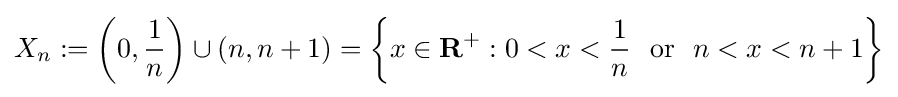
X_{n}:=\left(0,{\frac {1}{n}}\right)\cup (n,n+1)=\left\{x\in {\mathbf {R} }^{+}:0<x<{\frac {1}{n}}\ {\text{ or }}\ n<x<n+1\right\}